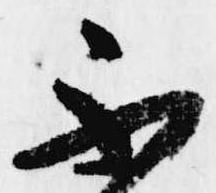
不